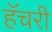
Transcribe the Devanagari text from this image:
हॅचरी